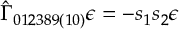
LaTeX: \hat { \Gamma } _ { 0 1 2 3 8 9 ( 1 0 ) } \epsilon = - s _ { 1 } s _ { 2 } \epsilon